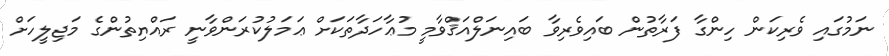
ނަމުގައި ވެރިކަން ހިންގާ ފަރާތުން ބައިވެރިވާ ބައިނަލްއަޤްވާމީ މުޢާހަދާތަކަށް ޢަމަލުކުރަންވާނީ ރައްޔިތުންގެ މަޖިލީހަށް